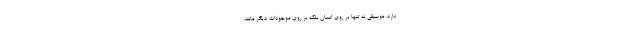
دارد. موسیقی نه تنها بر روی انسان بلکه بر روی موجودات دیگر مانند